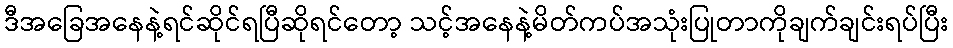
ဒီအခြေအနေနဲ့ရင်ဆိုင်ရပြီဆိုရင်တော့ သင့်အနေနဲ့မိတ်ကပ်အသုံးပြုတာကိုချက်ချင်းရပ်ပြီး